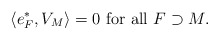
\begin{align*}\langle e_F^*, V_M \rangle = 0 \textrm{ for all } F \supset M.\end{align*}